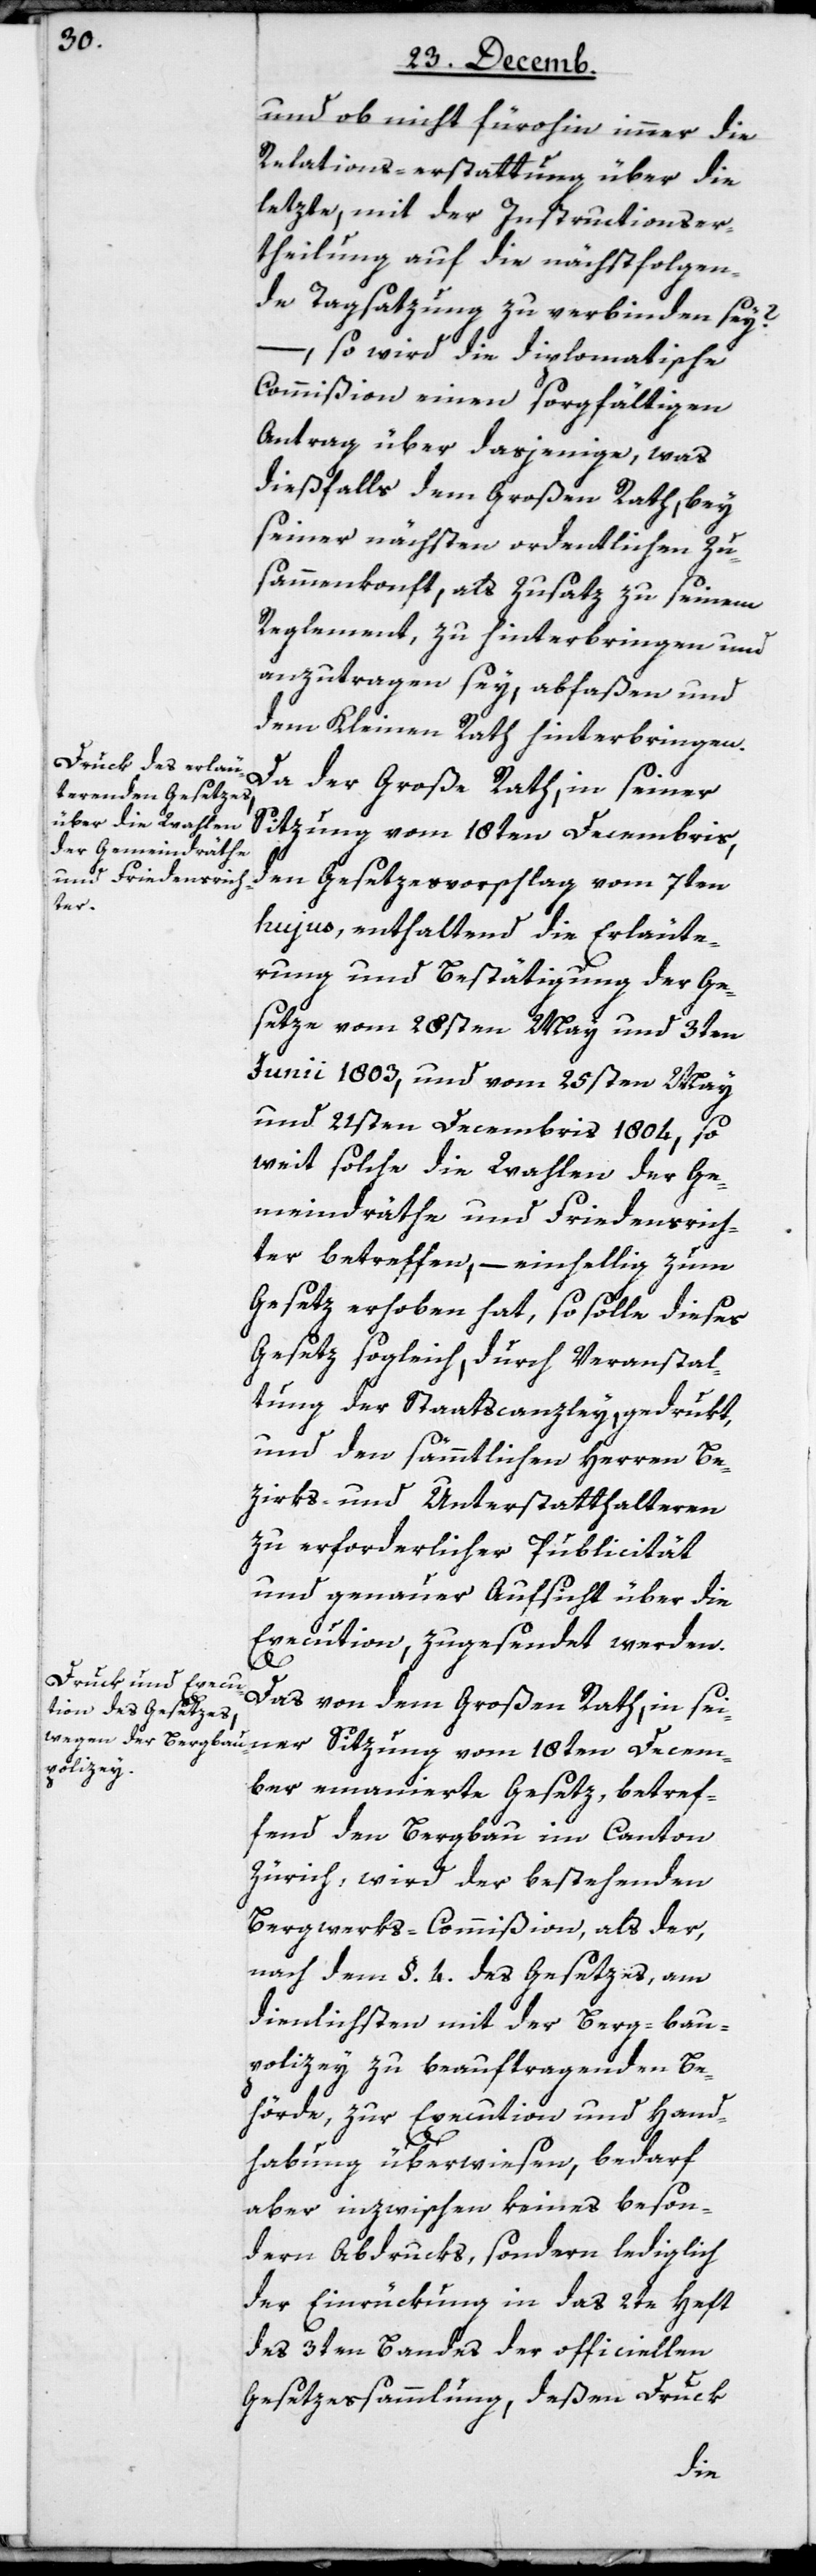
und ob nicht fürohin immer die
Relations-erstattung über die
letzte, mit der Instructionser¬
theilung auf die nächstfolgen¬
de Tagsatzung zu verbinden sey?
– so wird die diplomatische
Commißion einen sorgfältigen
Antrag über dasjenige, was
dießfalls dem Großen Rath, bey
seiner nächsten ordentlichen Zu¬
sammenkonft, als Zusatz zu seinem
Reglement, zu hinterbringen und
anzutragen sey, abfaßen und
dem Kleinen Rath hinterbringen.
Da der Große Rath, in seiner
Sitzung vom 18ten Decembris,
den Gesetzesvorschlag vom 7ten
hujus, enthaltend die Erläute¬
rung und Bestätigung der Ge¬
setze vom 28sten May und 3ten
Junii 1803, und vom 25sten May
und 21sten Decembris 1804, so
weit solche die Wahlen der Ge¬
meindräthe und Friedensrich¬
ter betreffen, – einhellig zum
Gesetz erhoben hat, so solle dieses
Gesetz sogleich, durch Veranstal¬
tung der Staatscanzley, gedrukt,
und den sämmtlichen Herren Be¬
zirks- und Unterstatthalteren
zu erforderlicher Pubilicität
und genauer Aufsicht über die
Execution, zugesendet werden.
Das von dem Großen Rath, in sei¬
ner Sitzung vom 18ten Decem¬
ber emanierte Gesetz, betref¬
fend den Bergbau im Canton
Zürich, wird der bestehenden
Bergwerks-Commißion als der,
nach dem §. 4. des Gesetzes, am
dienlichsten mit der Berg-bau¬
polizey zu beauftragenden Be¬
hörde, zur Execution und Hand¬
habung überwiesen, bedarf
aber inzwischen keines beson¬
deren Abdrucks, sondern lediglich
der Einrückung in das 2te Heft
des 3ten Bandes der officiellen
Gesetzessammlung, deßen Druck